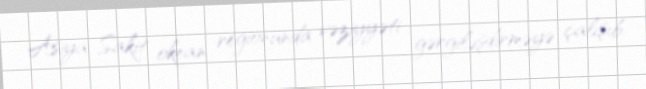
Asiya-Sakit okean regionunda vəziyyəti gərgiləşdirməyə çalışıb.